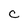
Character: c